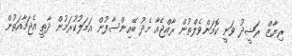
ރިޔާޒް ރަޝީދު ވަނީ ކޮމަންވެލްތުން ރާއްޖެއާ މެދު ބޭއިންސާފުން އަމަލުކުރަމުން ދާތީ އެޖަމާއަތުން